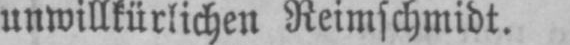
unwillkürlichen Reimschmidt.